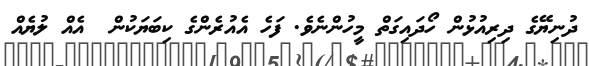
ދުނިޔޭގެ ދިރިއުޅުން ހޯދައިގަތް މީހުންނެވެ. ފަހެ އެއުރެންގެ ކިބަޔަކުން  އެއް ލުޔެއް